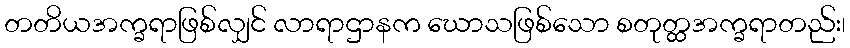
တတိယအက္ခရာဖြစ်လျှင် လာရာဌာနက ဃောသဖြစ်သော စတုတ္ထအက္ခရာတည်း၊